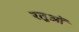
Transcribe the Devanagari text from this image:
रतुओं